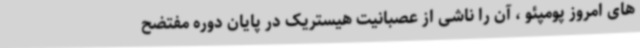
های امروز پومپئو ، آن را ناشی از عصبانیت هیستریک در پایان دوره مفتضح